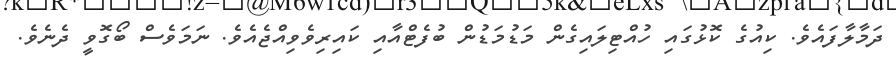
ދަމާލާފައެވެ. ކިއުގެ ކޮޅުގައި ހުއްޓިލައިގެން މަޑުމަޑުން ބުފެޓްއާއި ކައިރިވެވިއްޖެއެވެ. ނަމަވެސް ބޯގޮވީ ދެނެވެ.